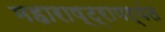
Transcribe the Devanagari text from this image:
महाराष्ट्रापर्यंत